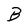
Character: B